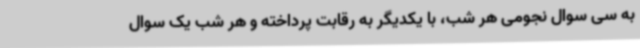
به سی سوال نجومی هر شب، با یکدیگر به رقابت پرداخته و هر شب یک سوال